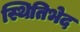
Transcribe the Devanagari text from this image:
स्थितिभेद